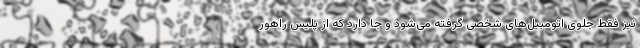
نیز فقط جلوی اتومبیل‌های شخصی گرفته می‌شود و جا دارد که از پلیس راهور